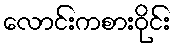
လောင်းကစားဝိုင်း